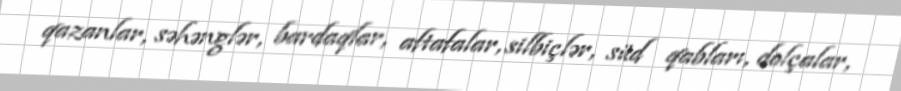
qazanlar, səhənglər, bardaqlar, aftafalar, silbiçlər, süd qabları, dolçalar,